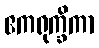
ဧကရုက္ခိကာ